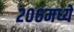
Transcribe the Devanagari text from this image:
२०६मध्ये